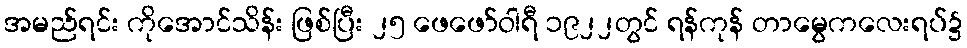
အမည်ရင်း ကိုအောင်သိန်း ဖြစ်ပြီး ၂၅ ဖေဖော်ဝါရီ ၁၉၂၂တွင် ရန်ကုန် တာမွေကလေးရပ်၌